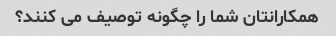
همکارانتان شما را چگونه توصیف می کنند؟